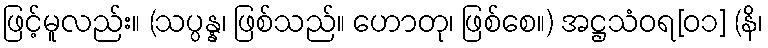
ဖြင့်မူလည်း။ (သပ္ပန္န၊ ဖြစ်သည်။ ဟောတု၊ ဖြစ်စေ။) အဋ္ဌသံဝရ[၀၁] (နိ၊